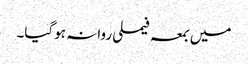
میں بمعہ فیملی روانہ ہوگیا۔